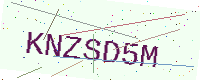
Text: KNZSD5M